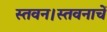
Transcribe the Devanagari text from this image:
स्तवन।स्तवनाचें